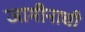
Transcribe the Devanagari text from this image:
जामीनाची